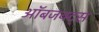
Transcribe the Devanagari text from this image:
ऑबजक्ट्स